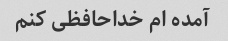
آمده ام خداحافظی کنم